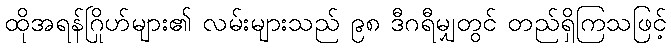
ထိုအရန်ဂြိုဟ်များ၏ လမ်းများသည် ၉၈ ဒီဂရီမျှတွင် တည်ရှိကြသဖြင့်